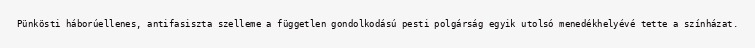
Pünkösti háborúellenes, antifasiszta szelleme a független gondolkodású pesti polgárság egyik utolsó menedékhelyévé tette a színházat.